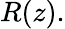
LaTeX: R(z).